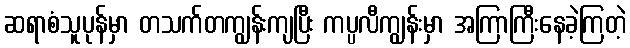
ဆရာစံသူပုန်မှာ တသက်တကျွန်းကျပြီး ကပ္ပလီကျွန်းမှာ အကြာကြီးနေခဲ့ကြတဲ့